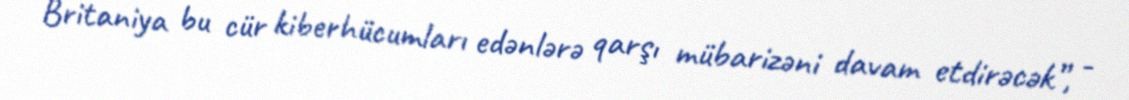
Britaniya bu cür kiberhücumları edənlərə qarşı mübarizəni davam etdirəcək”, -